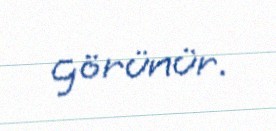
görünür.